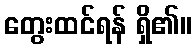
တွေးထင်ရန် ရှိ၏။